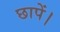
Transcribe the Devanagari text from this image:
छापें।